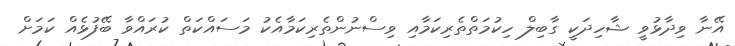
އޭނާ ވިދާޅުވީ ޝާހިދަކީ ގާބިލް ހިކުމަތްތެރިކަމާއި ވިސްނުންތެރިކަމާއެކު މަސައްކަތް ކުރައްވާ ބޭފުޅެއް ކަމަށް